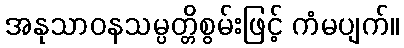
အနုသာဝနသမ္ပတ္တိစွမ်းဖြင့် ကံမပျက်။